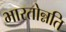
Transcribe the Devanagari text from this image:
भारतोन्नति